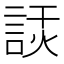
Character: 𧨗